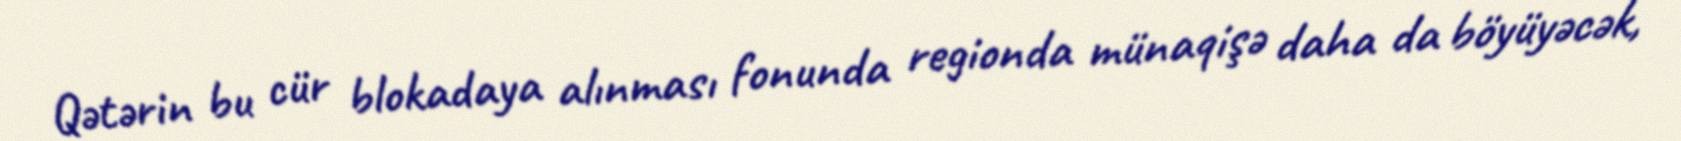
Qətərin bu cür blokadaya alınması fonunda regionda münaqişə daha da böyüyəcək,